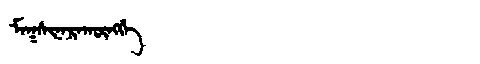
Manchu: ᠮᠠᡴᠰᡳᠨᠠᡵᠠᡴᡡᠩᡤᡝ
Romanization: MAKSINARAKŪNGGE